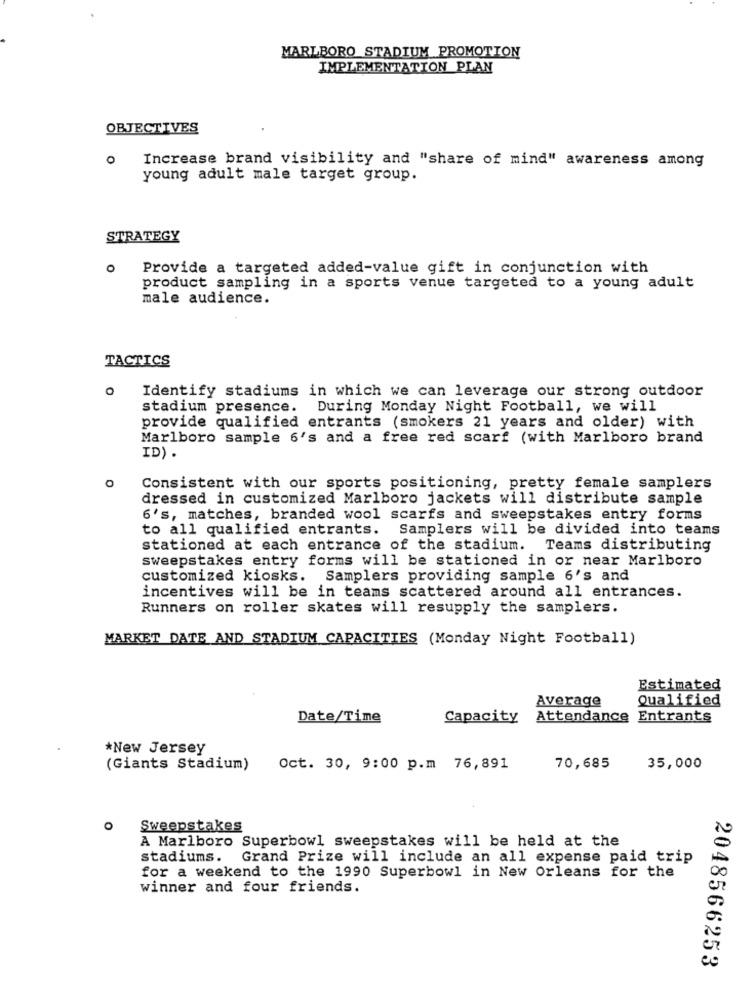
MARLBORO STADIUM PROMOTION
IMPLEMENTATION PLAN
OBJECTIVES
O
Increase brand visibility and "share of mind" awareness among
young adult male target group.
STRATEGY
0
Provide a targeted added-value gift in conjunction with
product sampling in a sports venue targeted to a young adult
male audience.
TACTICS
Identify stadiums in which we can leverage our strong outdoor
stadium presence.
During Monday Night Football, we will
provide qualified entrants (smokers 21 years and older) with
Marlboro sample 6's and a free red scarf (with Marlboro brand
ID).
0
Consistent with our sports positioning, pretty female samplers
dressed in customized Marlboro jackets will distribute sample
6's, matches, branded wool scarfs and sweepstakes entry forms
to all qualified entrants. Samplers will be divided into teams
stationed at each entrance of the stadium. Teams distributing
sweepstakes entry forms will be stationed in or near Marlboro
customized kiosks. Samplers providing sample 6's and
incentives will be in teams scattered around all entrances.
Runners on roller skates will resupply the samplers.
MARKET DATE AND STADIUM CAPACITIES (Monday Night Football)
Estimated
Average
Qualified
Date/Time
Capacity
Attendance Entrants
*New Jersey
(Giants Stadium)
Oct. 30, 9:00 p.m 76,891
70,685
35,000
O
Sweepstakes
A Marlboro Superbowl sweepstakes will be held at the
stadiums. Grand Prize will include an all expense paid trip
for a weekend to the 1990 Superbowl in New Orleans for the
winner and four friends.
2048566253